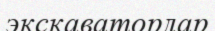
экскаваторлар